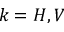
k = H , V